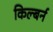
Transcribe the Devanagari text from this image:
किल्बर्न